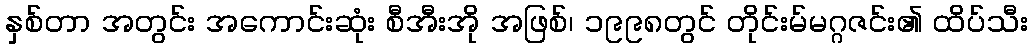
နှစ်တာ အတွင်း အကောင်းဆုံး စီအီးအို အဖြစ်၊ ၁၉၉၈တွင် တိုင်းမ်မဂ္ဂဇင်း၏ ထိပ်သီး